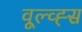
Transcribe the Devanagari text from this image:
वूल्व्ह्स